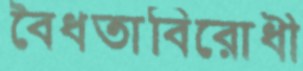
বৈধতাবিরোধী